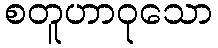
စတူဟာဝုသော